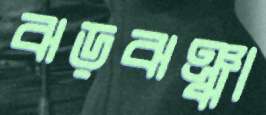
ঝড়ঝঞ্ঝা